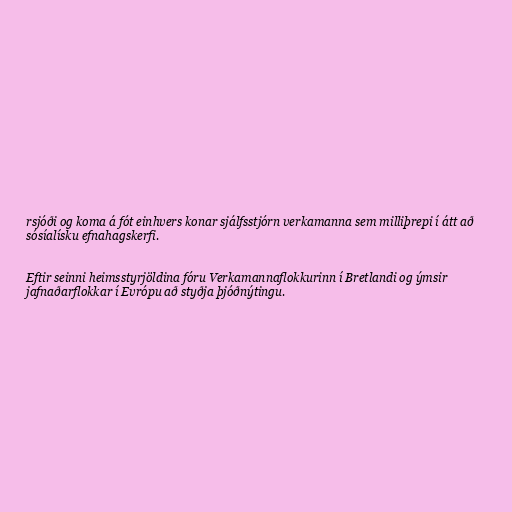
rsjóði og koma á fót einhvers konar sjálfsstjórn verkamanna sem milliþrepi í átt að
sósíalísku efnahagskerfi.

Eftir seinni heimsstyrjöldina fóru Verkamannaflokkurinn í Bretlandi og ýmsir
jafnaðarflokkar í Evrópu að styðja þjóðnýtingu.